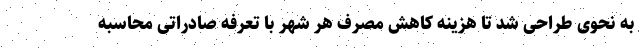
به نحوی طراحی شد تا هزینه کاهش مصرف هر شهر با تعرفه صادراتی محاسبه